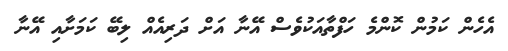
އެހެން ކަމުން ކޮންމެ ހަފްތާއަކުވެސް އޭނާ އަށް ދަރިއެއް ލިބޭ ކަމަށާއި އޭނާ